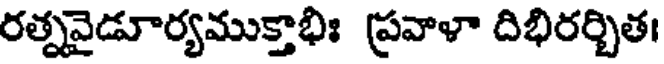
రత్నవైడూర్యముక్తాభిః ప్రవాళా దిభిరర్చిత।